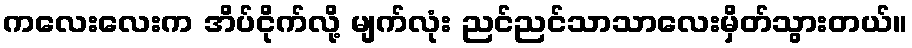
ကလေးလေးက အိပ်ငိုက်လို့ မျက်လုံး ညင်ညင်သာသာလေးမှိတ်သွားတယ်။